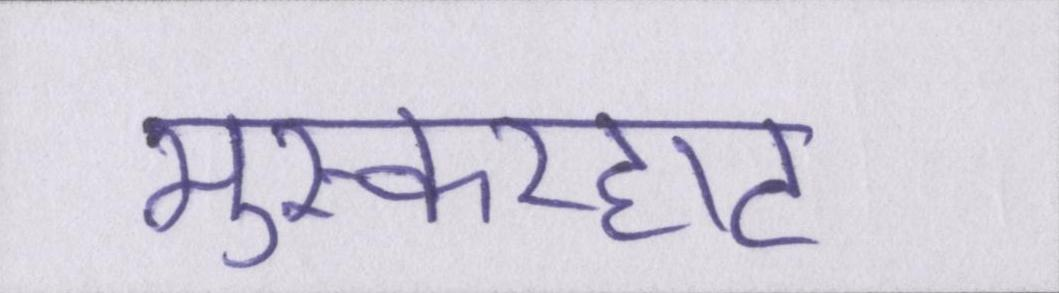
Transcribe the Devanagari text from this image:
मुस्करहाट